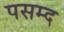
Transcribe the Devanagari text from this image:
पसम्द